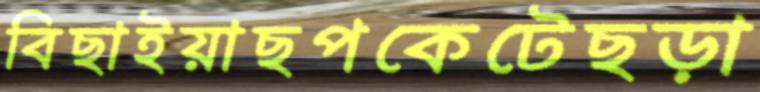
বিছাইয়াছপকেটেছড়া